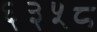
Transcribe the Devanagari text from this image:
६३५८